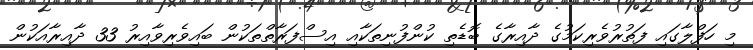
މި ހަފްލާގައި ފަތުރުވެރިކަމުގެ ދާއިރާގެ ބޮޑެތި ކުންފުނިތަކާއި އިސްފަރާތްތަކުން ބައިވެރިވާއިރު 33 ދާއިރާއަކުން